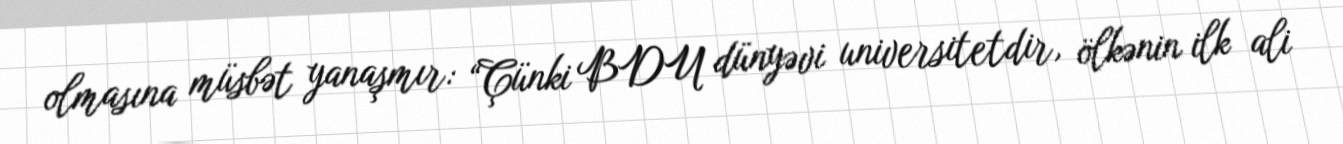
olmasına müsbət yanaşmır: “Çünki BDU dünyəvi universitetdir, ölkənin ilk ali